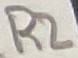
Text: R2